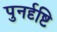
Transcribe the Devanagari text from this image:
पुनर्दृष्टि